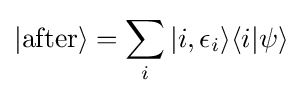
|{\text{after}}\rangle =\sum _{i}|i,\epsilon _{i}\rangle \langle i|\psi \rangle